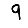
Digit: 9